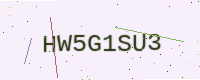
Text: HW5G1SU3